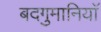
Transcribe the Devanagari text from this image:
बदगुमानियाॅ